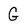
Character: G